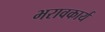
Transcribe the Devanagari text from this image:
भरावकार्य